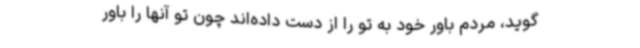
‌گوید، مردم باور خود به تو را از دست داده‌اند چون تو آنها را باور